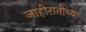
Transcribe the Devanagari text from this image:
जाहीरातीच्या